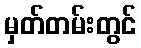
မှတ်တမ်းတွင်